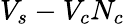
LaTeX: V_{s}-V_{c}N_{c}